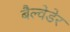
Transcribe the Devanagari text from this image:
बैल्वेडेर